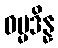
ဓမ္မဒိန္န